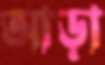
আড়া